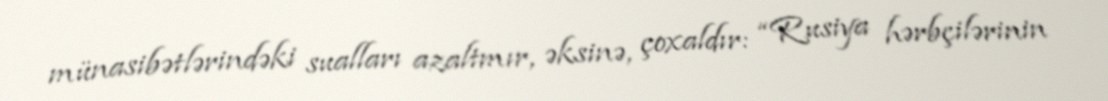
münasibətlərindəki sualları azaltmır, əksinə, çoxaldır: “Rusiya hərbçilərinin